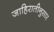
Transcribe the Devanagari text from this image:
जाहिरातीनुसार